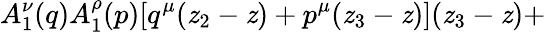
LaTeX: A_{1}^{\nu}(q)A_{1}^{\rho}(p)[q^{\mu}(\mathit{z}_{2}-\mathit{z})+p^{\mu}(\mathit{z}_{3}-\mathit{z})](\mathit{z}_{3}-\mathit{z})+